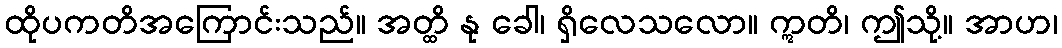
ထိုပကတိအကြောင်းသည်။ အတ္ထိ နု ခေါ၊ ရှိလေသလော။ ဣတိ၊ ဤသို့။ အာဟ၊